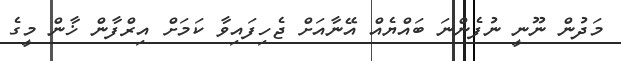
މަދުން ނޫނީ ނުފެންނަ ބައްޔެއް އޭނާއަށް ޖެހިފައިވާ ކަމަށް އިރްފާން ޚާން މީގެ